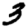
Digit: 3